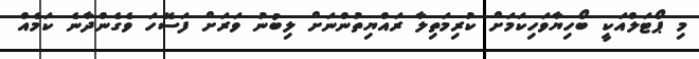
މި ޕޯޓަލްއަކީ ބޯހިޔާވަހިކަމަށް ކުރިމަތިލާ ރައްޔިތުންނަށް ލިބުނު ވަރަށް ފަސޭހަ ވެގެންދާނެ ކަމެއް